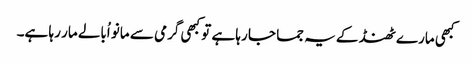
کبھی مارے ٹھنڈ کے یہ جما جا رہا ہے تو کبھی گرمی سے مانو اُبالے مار رہا ہے۔